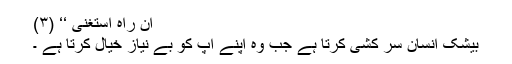
اَنْ رَّاٰہُ اسْتَغْنٰی ‘‘ (۳)
بیشک انسان سر کشی کرتا ہے جب وہ اپنے آپ کو بے نیاز خیال کرتا ہے ۔